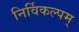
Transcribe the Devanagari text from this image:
निर्विकल्पम्